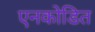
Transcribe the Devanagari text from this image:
एनकोडित